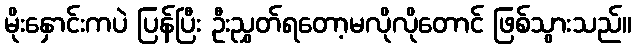
မိုးနှောင်းကပဲ ပြန်ပြီး ဦးညွှတ်ရတော့မလိုလိုတောင် ဖြစ်သွားသည်။